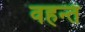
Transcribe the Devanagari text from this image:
वहन्तं